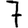
Digit: 7